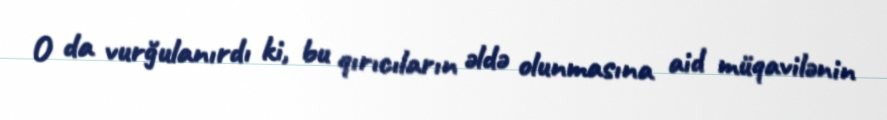
O da vurğulanırdı ki, bu qırıcıların əldə olunmasına aid müqavilənin